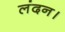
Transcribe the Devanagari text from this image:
लंदन।